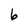
Character: 6